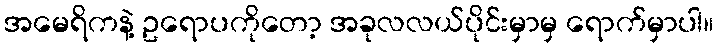
အမေရိကနဲ့ ဥရောပကိုတော့ အခုလလယ်ပိုင်းမှာမှ ရောက်မှာပါ။